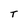
Character: T